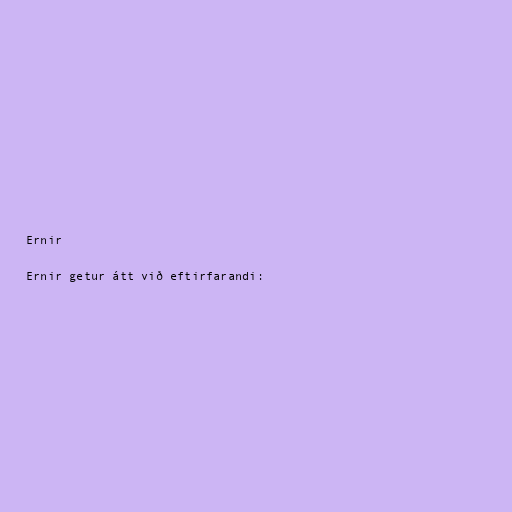
Ernir

Ernir getur átt við eftirfarandi: